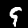
Digit: 9